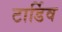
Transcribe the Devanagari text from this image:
टार्डिव